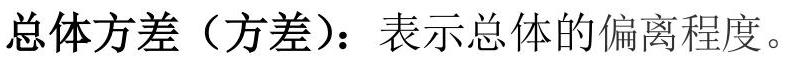
总体方差（方差）：表示总体的偏离程度。